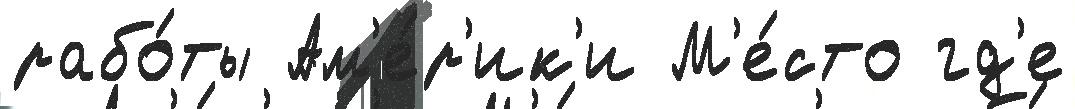
рабо́ты Ам'е́р'ик'и М'е́сто гд'е